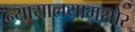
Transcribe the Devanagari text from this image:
न्यायालयामसोर